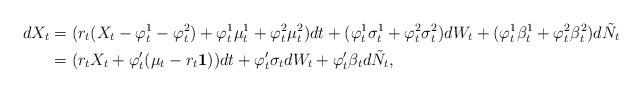
LaTeX: \begin{align*}dX_t & = (r_t (X_t- \varphi_t^1 - \varphi_t^2)+\varphi_t^1 \mu^1_t +\varphi_t^2 \mu^2_t ) dt +(\varphi_t^1 \sigma^1_t + \varphi_t^2 \sigma^2_t) dW_t +(\varphi_t^1 \beta^1_t + \varphi_t^2 \beta^2_t) d\tilde N_t \\& = (r_t X_t+\varphi_t' (\mu_t - r_t{\bf 1}) ) dt+ \varphi_t' \sigma_t dW_t + \varphi_t' \beta_t d\tilde N_t,\end{align*}